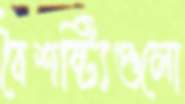
বৈশষ্ট্যিগুলো